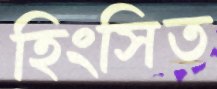
হিংসিত